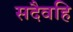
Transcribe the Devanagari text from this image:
सदैवहि